Annual report on the Civil Veterinary Department, Burma (including the Insein Veterinary School) - 1910-1922
Year: 1910
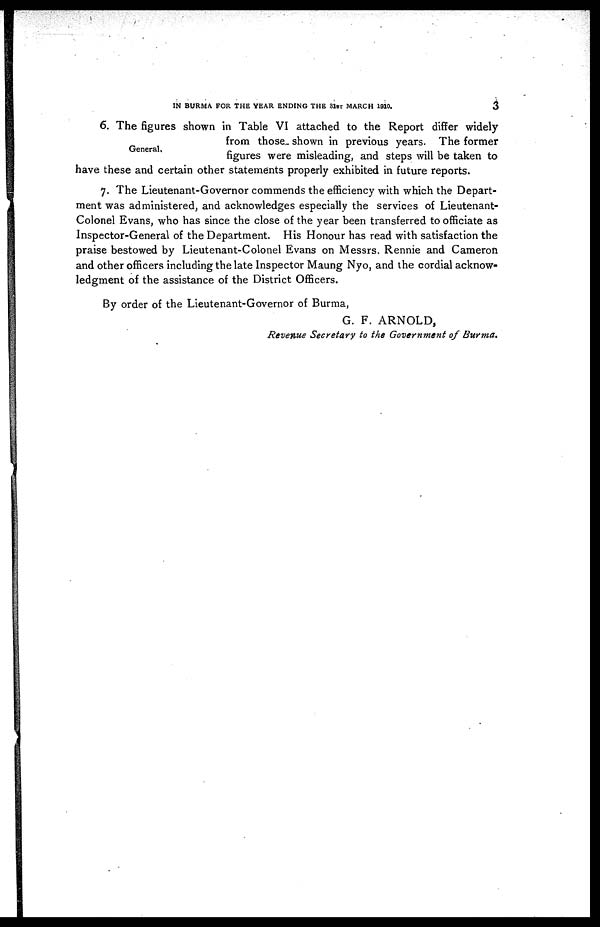
IN BURMA FOR THE YEAR ENDING THE 31st MARCH 1910.
3
General.
6. The figures shown in Table VI attached to the Report differ widely
from those shown in previous years. The former
figures were misleading, and steps will be taken to
have these and certain other statements properly exhibited in future reports.
7. The Lieutenant-Governor commends the efficiency with which the Depart-
ment was administered, and acknowledges especially the services of Lieutenant-
Colonel Evans, who has since the close of the year been transferred to officiate as
Inspector-General of the Department. His Honour has read with satisfaction the
praise bestowed by Lieutenant-Colonel Evans on Messrs. Rennie and Cameron
and other officers including the late Inspector Maung Nyo, and the cordial acknow-
ledgment of the assistance of the District Officers.
By order of the Lieutenant-Governor of Burma,
G. F. ARNOLD,
Revenue Secretary to the Government of Burma.